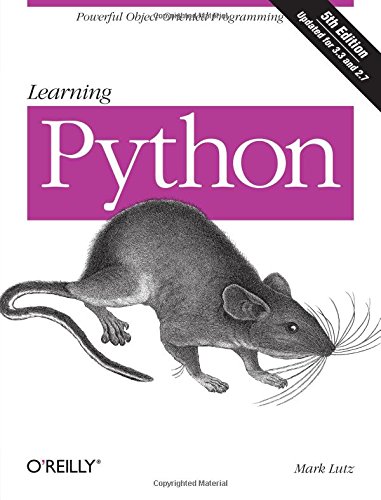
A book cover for Learning Python, 5th Edition; Mark Lutz; Computers & Technology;